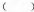
()